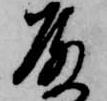
殿